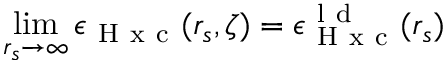
\operatorname* { l i m } _ { r _ { s } \to \infty } \epsilon _ { \mathrm { ~ H ~ x ~ c ~ } } ( r _ { s } , \zeta ) = \epsilon _ { \mathrm { ~ H ~ x ~ c ~ } } ^ { \mathrm { ~ l ~ d ~ } } ( r _ { s } )